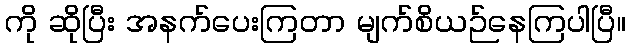
ကို ဆိုပြီး အနက်ပေးကြတာ မျက်စိယဉ်နေကြပါပြီ။